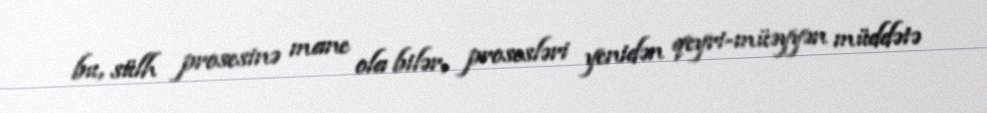
bu, sülh prosesinə mane ola bilər, prosesləri yenidən qeyri-müəyyən müddətə